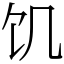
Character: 饥